Black-water fever - Number 35
Disease focus: Fever
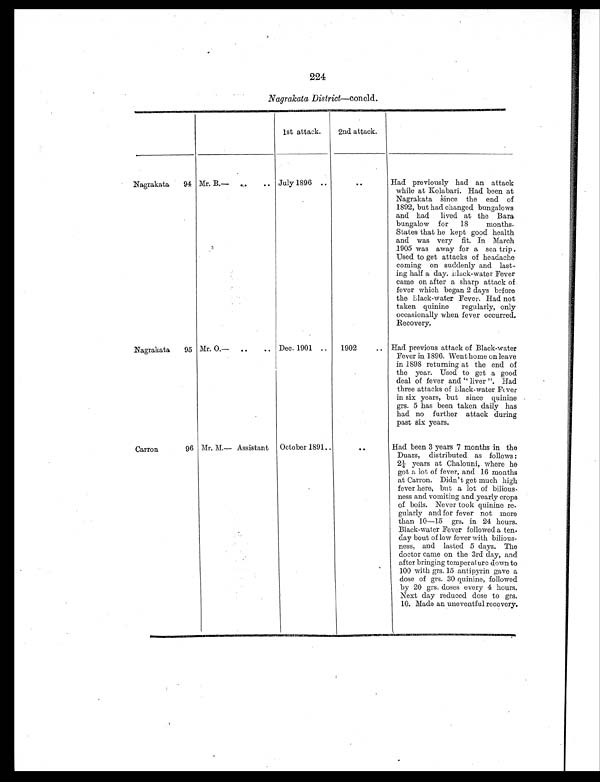
224
Nagrakata District—concld.
1st attack.
2nd attack.
Nagrakata
94 Mr. B.— ..
. . July 1896
..
. .
Had previously had an attack
while at Kolabari. Had been at
Nagrakata since the end of
1892, but had changed bungalows
and had lived at the Bara
bungalow for 18 months.
States that he kept good health
and was very fit. In March
1905 was away for a sea trip.
Used to get attacks of headache
coming on suddenly and last-
ing half a day. Black-water Fever
came on after a sharp attack of
fever which began 2 days before
the Black-water Fever. Had not
taken quinine regularly, only
occasionally when fever occurred.
Recovery.
Nagrakata
95 Mr. O.— ..
. . Dec. 1901 ..
1902
. . Had previous attack of Black-water
Fever in 1896. Went home on leave
in 1898 returning at the end of
the year. Used to get a good
deal of fever and " liver ". Had
three attacks of Black-water Fever
in six years, but since quinine
grs. 5 has been taken daily has
had no further attack during
past six years.
Carron
96 Mr. M.— Assistant October 1891
..
. .
Had been 3 years 7 months in the
Duars, distributed as follows :
2¼ years at Chalouni, where he
got a lot of fever, and 16 months
at Carron. Didn't get much high
fever here, but a lot of bilious-
ness and vomiting and yearly crops
of boils. Never took quinine re-
gularly and for fever not more
than 10—15 grs. in 24 hours.
Black-water Fever followed a ten-
day bout of low fever with bilious-
ness, and lasted 5 days. The
doctor came on the 3rd day, and
after bringing temperature down to
100 with grs. 15 antipyrin gave a
dose of grs. 30 quinine, followed
by 20 grs. doses every 4 hours.
Next day reduced dose to grs.
10. Made an uneventful recovery.